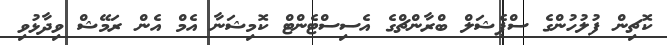
ކޮޗިން ފުލުހުންގެ ސްޕެޝަލް ބްރާންޗްގެ އެސިސްޓެންޓް ކޮމިޝަނާ އެމް އެން ރަމޭޝް ވިދާޅުވި